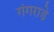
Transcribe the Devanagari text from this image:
गंगराड़े